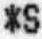
*S